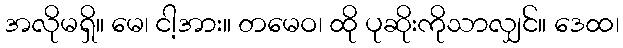
အလိုမရှိ။ မေ၊ ငါ့အား။ တမေဝ၊ ထို ပုဆိုးကိုသာလျှင်။ ဒေထ၊